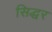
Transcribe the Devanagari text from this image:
सिद्धर